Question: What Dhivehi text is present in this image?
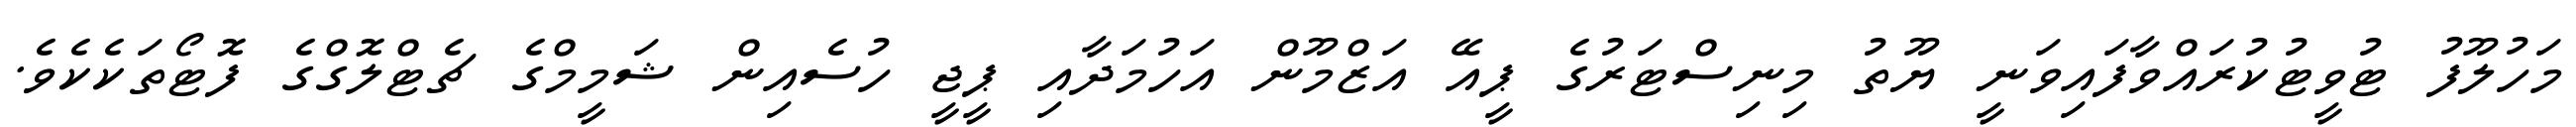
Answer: މަހުލޫފު ޓުވީޓުކުރައްވާފައިވަނީ ޔޫތު މިނިސްޓަރުގެ ޕީއޭ އަޒްމޫން އަހުމަދާއި ޕީޖީ ހުސެއިން ޝަމީމްގެ ޗެޓްލޮގްގެ ފޮޓޯތަކެކެވެ.